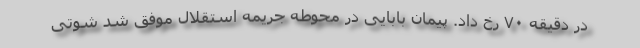
در دقیقه ۷۰ رخ داد. پیمان بابایی در محوطه جریمه استقلال موفق شد شوتی